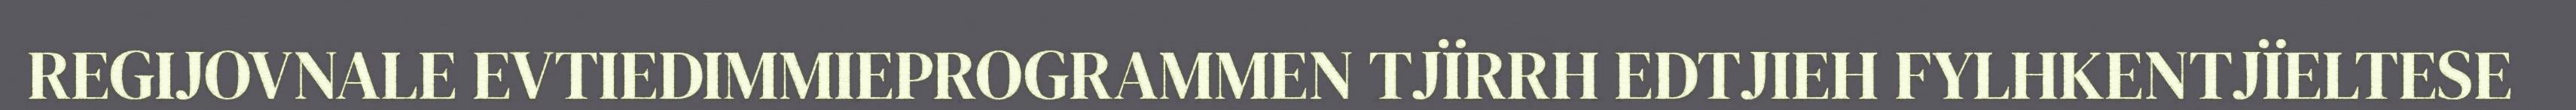
REGIJOVNALE EVTIEDIMMIEPROGRAMMEN TJÏRRH EDTJIEH FYLHKENTJÏELTESE